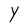
Character: Y